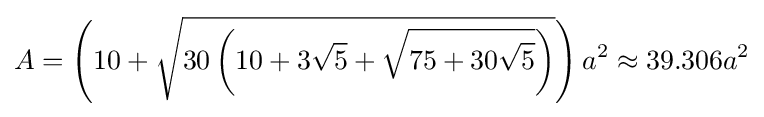
A=\left(10+{\sqrt {30\left(10+3{\sqrt {5}}+{\sqrt {75+30{\sqrt {5}}}}\right)}}\right)a^{2}\approx 39.306a^{2}